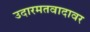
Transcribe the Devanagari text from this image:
उदारमतवादावर